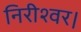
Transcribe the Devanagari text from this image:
निरीश्वर।